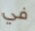
في